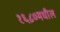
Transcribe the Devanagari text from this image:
१६८०मधील